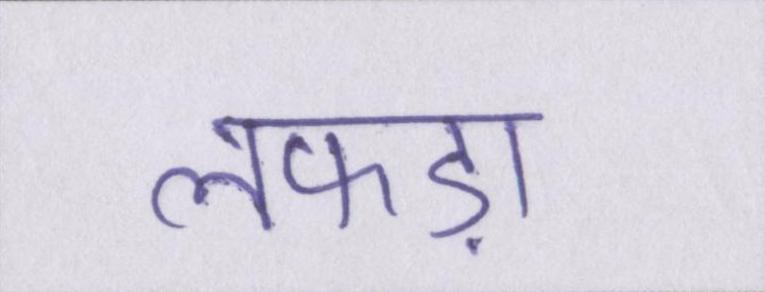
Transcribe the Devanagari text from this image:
लफड़ा